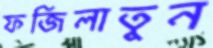
ফজিলাতুন